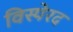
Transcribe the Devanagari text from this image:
विस्पेरद